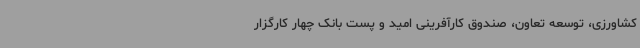
کشاورزی، توسعه تعاون، صندوق کارآفرینی امید و پست بانک چهار کارگزار